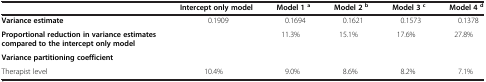
<table><thead><tr><td><b> </b></td><td><b>Intercept only model</b></td><td><b>Model 1 <sup>a</sup></b></td><td><b>Model 2 <sup>b</sup></b></td><td><b>Model 3 <sup>c</sup></b></td><td><b>Model 4 <sup>d</sup></b></td></tr></thead><tbody><tr><td><b>Variance estimate</b></td><td>0.1909</td><td>0.1694</td><td>0.1621</td><td>0.1573</td><td>0.1378</td></tr><tr><td><b>Proportional reduction in variance estimates compared to the intercept only model</b></td><td> </td><td>11.3%</td><td>15.1%</td><td>17.6%</td><td>27.8%</td></tr><tr><td><b>Variance partitioning coefficient</b></td><td> </td><td> </td><td> </td><td> </td><td> </td></tr><tr><td>Therapist level</td><td>10.4%</td><td>9.0%</td><td>8.6%</td><td>8.2%</td><td>7.1%</td></tr></tbody></table>